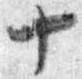
十